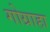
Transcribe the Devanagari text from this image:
गोग्राहा